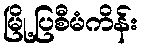
မြို့ပြစီမံကိန်း